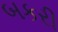
બકરી